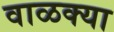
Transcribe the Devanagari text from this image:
वाळक्या